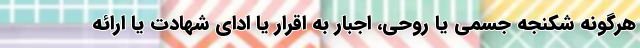
هرگونه شکنجه جسمی یا روحی، اجبار به اقرار یا ادای شهادت یا ارائه